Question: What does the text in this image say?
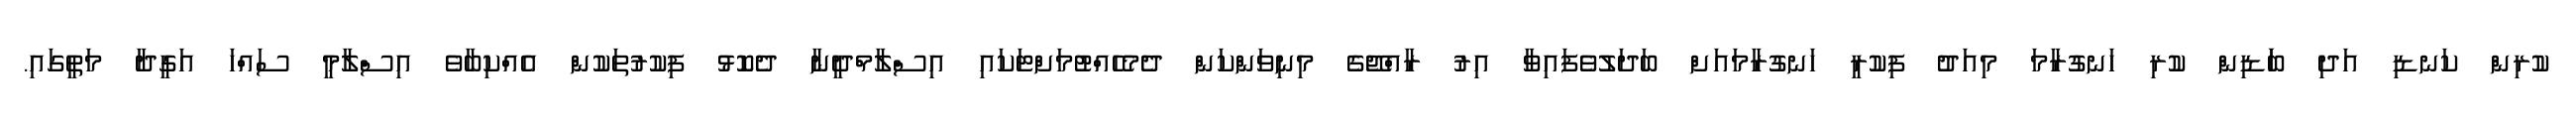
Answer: ކުރިން ކަނޑި އަދި ބަަޑިން ކުރި ހަނގުރާމަ މިއަދު ފިކުރީ ހަނގުރާމައަށް ބަދަލުވެފައިވާ އިރު ރާއްޖޭގެ މިނިވަންކަން ދެމެހެއްޓުމަށްޓަކައި އިސްލާމްދީނާ ދެކޮޅު ފިކުރުތަކުން އެއްކިބާވެ އިސްލާމީ ސައްހަ އަގީދާ މަތީގައި.